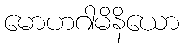
မောဟဂါမိနိယော